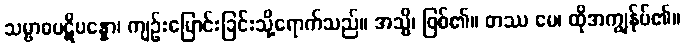
သမ္ဗာဓပဋိပန္နော၊ ကျဉ်းမြောင်းခြင်းသို့ရောက်သည်။ အသ္မိ၊ ဖြစ်၏။ တဿ မေ၊ ထိုအကျွန်ုပ်၏။